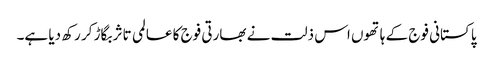
پاکستانی فوج کے ہاتھوں اس ذلت نے بھارتی فوج کا عالمی تاثر بگاڑ کر رکھ دیا ہے۔